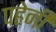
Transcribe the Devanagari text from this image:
पहेनी